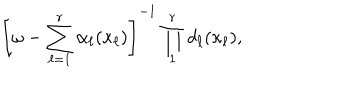
\left[ \omega - \sum _ { \ell = 1 } ^ { r } \alpha _ { \ell } ( \kappa _ { \ell } ) \right] ^ { - 1 } \prod _ { 1 } ^ { r } d _ { \ell } ( \kappa _ { \ell } ) ,